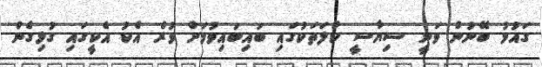
ގައުމު ބޭނުން ވަނީ ސިޔާސީ ކުލަތަކުގައި ބައިބައިވުމަށް ވުރެ އެކު އެކީގައި ގުޅިގެން